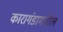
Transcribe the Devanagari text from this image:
कारागंडामधील